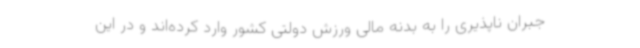
جبران ناپذیری را به بدنه مالی ورزش دولتی کشور وارد کرده‌اند و در این